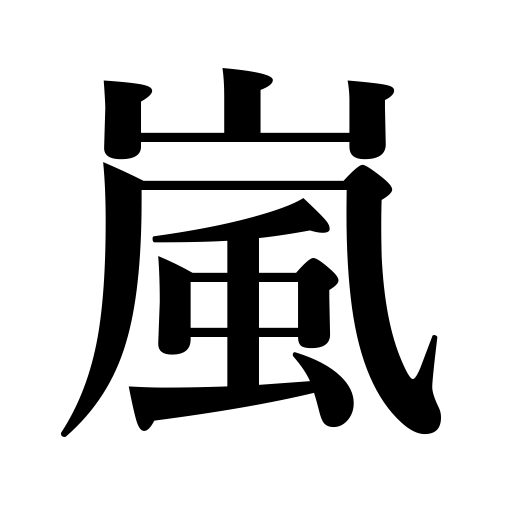
Meanings: tempest,storm